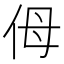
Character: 㑄